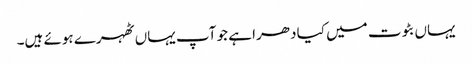
یہاں بٹوت میں کیا دھرا ہے جو آپ یہاں ٹھہرے ہوئے ہیں۔